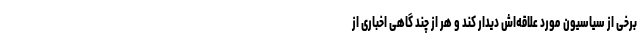
برخی از سیاسیون مورد علاقه‌اش دیدار کند و هر از چند گاهی اخباری از